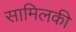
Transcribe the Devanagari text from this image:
सामिलकी